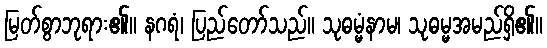
မြတ်စွာဘုရား၏။ နဂရံ၊ ပြည်တော်သည်။ သုဓမ္မံနာမ၊ သုဓမ္မအမည်ရှိ၏။